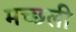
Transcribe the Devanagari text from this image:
मच्छली